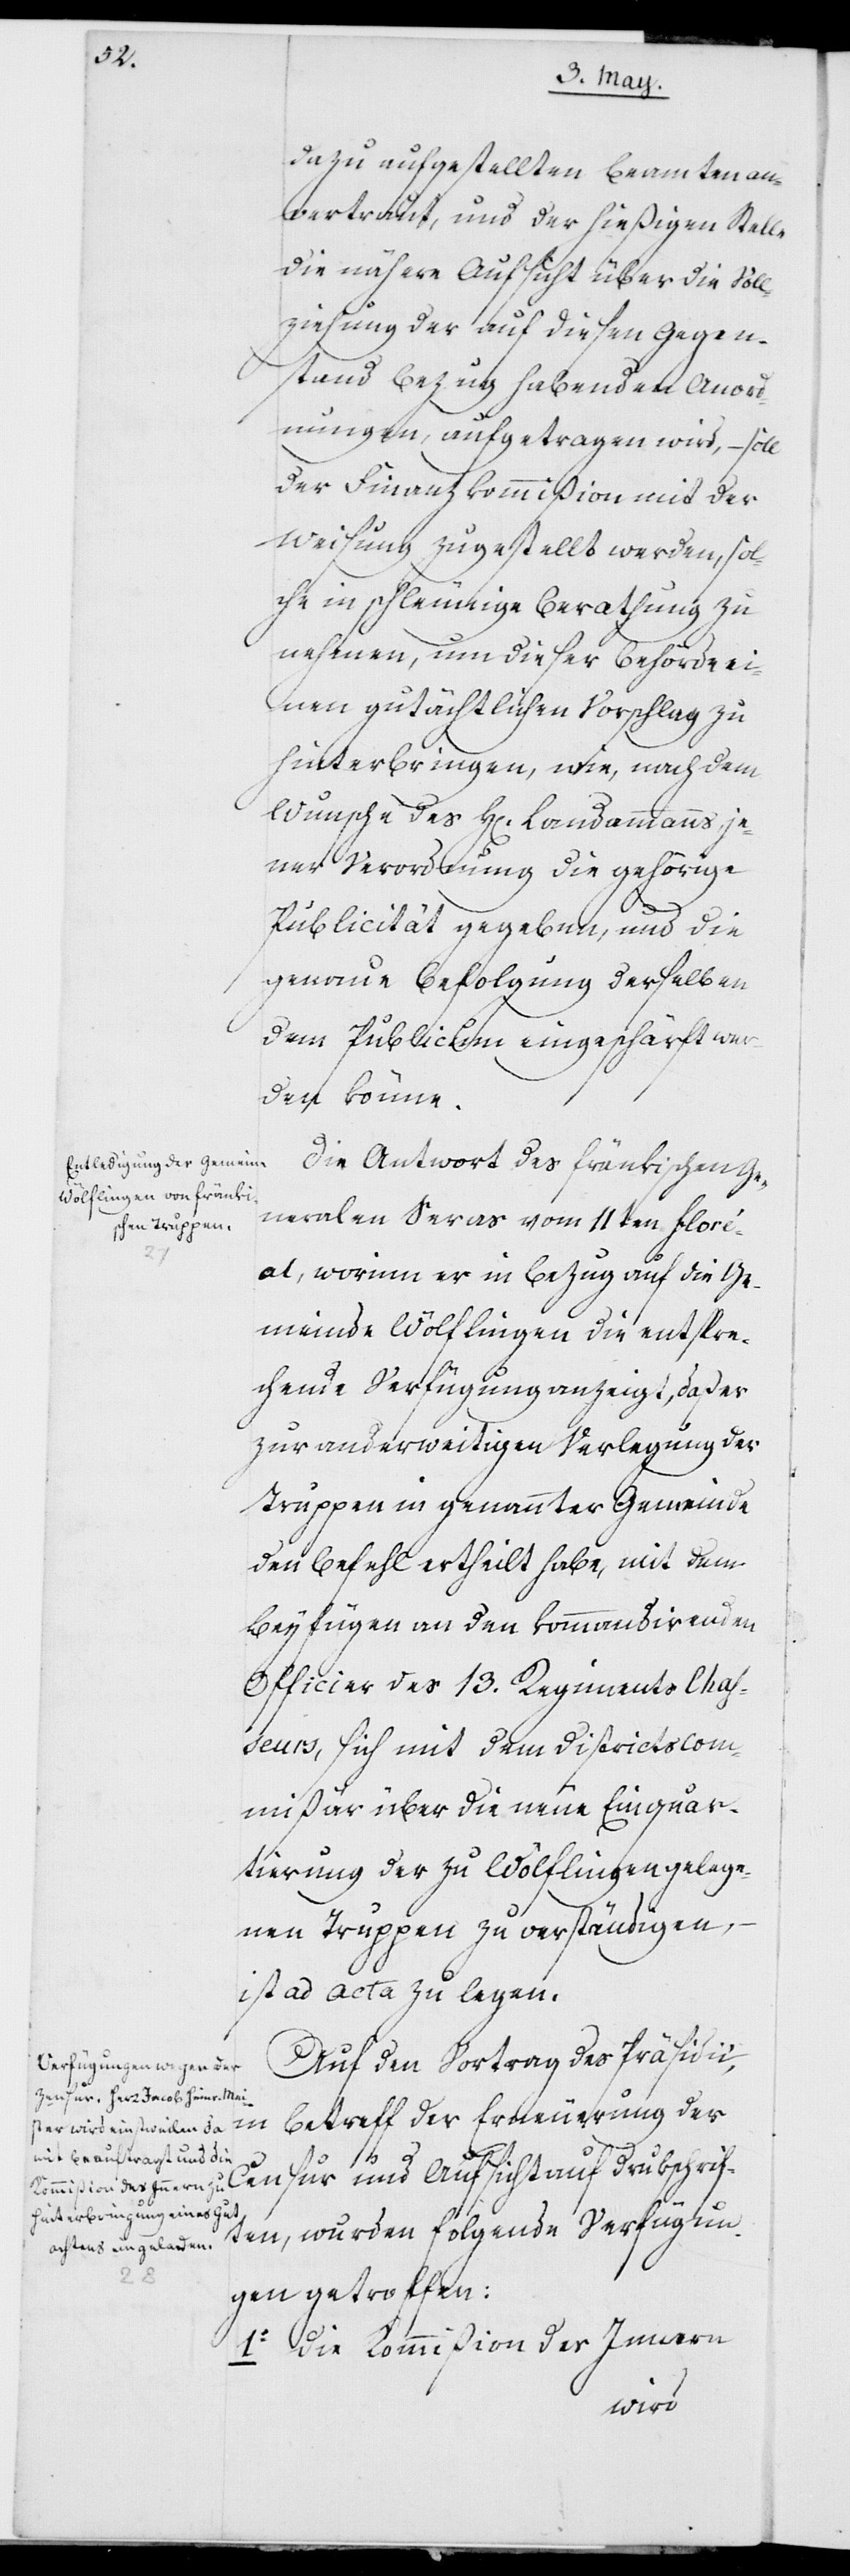
dazu aufgestellten Beamten an¬
vertraut, und der hießigen Stelle
die nähere Aufsicht über die Voll¬
ziehung der auf diesen Gegen¬
stand Bezug habenden Anord¬
nungen, aufgetragen wird, – soll
der Finanzkommißion mit der
Weisung zugestellt werden, sol¬
che in schleunige Berathung zu
nehmen, um dieser Behörde ei¬
nen gutächtlichen Vorschlag zu
hinterbringen, wie, nach dem
Wunsche des Herrn Landammanns, je¬
ner Verordnung die gehörige
Publicität gegeben, und die
genaue Befolgung derselben
dem Publicum eingeschärft wer¬
den könne.
Die Antwort des fränkischen Ge¬
neral Seras vom 11ten Floré¬
al, worinn er in Bezug auf die Ge¬
meinde Wölflingen die entspre¬
chende Verfügung anzeigt, daß er
zur anderweitigen Verlegung der
Truppen in genannter Gemeinde
den Befehl ertheilt habe, mit dem
Beyfügen an den kommandirenden
Officier des 13. Regiments Chas¬
seurs, sich mit dem Districtscom¬
mißär über die neue Einquar¬
tierung der zu Wölflingen gelege¬
nen Truppen zu verständigen,
ist ad Acta zu legen.
Auf den Vortrag des Präsidii,
Betreff der Erneuerung der
Censur und Aufsicht auf Drukschrif¬
ten, wurden folgende Verfügun¬
gen getroffen:
1. Die Kommißion des Innern